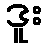
ဒူး